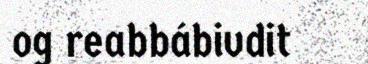
og reabbábivdit